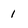
Character: l